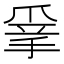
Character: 𢮣